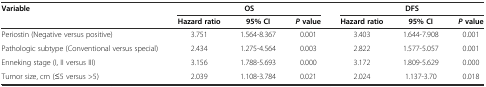
<table><thead><tr><td rowspan="2"><b>Variable</b></td><td colspan="3"><b>OS</b></td><td colspan="3"><b>DFS</b></td></tr><tr><td><b>Hazard ratio</b></td><td><b>95% CI</b></td><td><b><i>P</i>value</b></td><td><b>Hazard ratio</b></td><td><b>95% CI</b></td><td><b><i>P</i>value</b></td></tr></thead><tbody><tr><td>Periostin (Negative versus positive)</td><td>3.751</td><td>1.564-8.367</td><td>0.001</td><td>3.403</td><td>1.644-7.908</td><td>0.001</td></tr><tr><td>Pathologic subtype (Conventional versus special)</td><td>2.434</td><td>1.275-4.564</td><td>0.003</td><td>2.822</td><td>1.577-5.057</td><td>0.001</td></tr><tr><td>Enneking stage (I, II versus III)</td><td>3.156</td><td>1.788-5.693</td><td>0.000</td><td>3.172</td><td>1.809-5.629</td><td>0.000</td></tr><tr><td>Tumor size, cm (≤5 versus &gt;5)</td><td>2.039</td><td>1.108-3.784</td><td>0.021</td><td>2.024</td><td>1.137-3.70</td><td>0.018</td></tr></tbody></table>